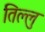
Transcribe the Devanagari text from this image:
तिल्लु